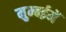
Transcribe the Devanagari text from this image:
मुम्बईमें